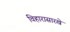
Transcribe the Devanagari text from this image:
विहारासारखे